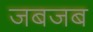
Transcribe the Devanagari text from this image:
जबजब